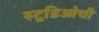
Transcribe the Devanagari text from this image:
स्टूडिओची